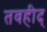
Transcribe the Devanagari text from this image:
तवहीद्